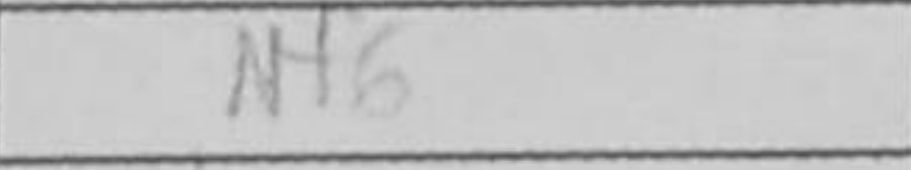
Transcription: Nf6